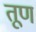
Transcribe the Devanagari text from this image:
तूण